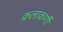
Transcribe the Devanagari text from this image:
कलाकर्णी